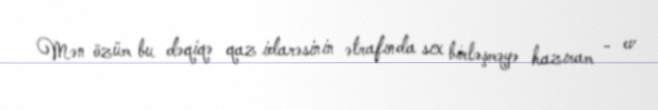
Mən özüm bu dəqiqə qaz idarəsinin ətrafında sıx birləşməyə hazıram - ev